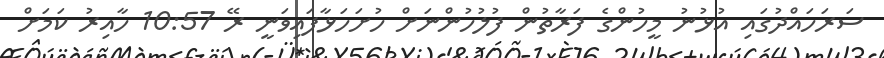
ސަރަހައްދުގައި އުޅުނު މީހުންގެ ފަރާތުން ފުލުހުންނަށް ހުށަހަޅާފައިވަނީ ރޭ 10:57 ހާއިރު ކަމަށް